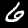
Label: 6